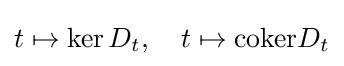
t\mapsto \ker D_{t},\quad t\mapsto {\text{coker}}D_{t}